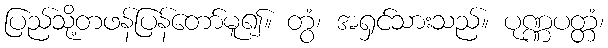
ပြည်သို့တဖန်ပြန်တော်မူ၍။ တွံ၊ အရှင်သားသည်။ ပုဏ္ဏပတ္တံ၊